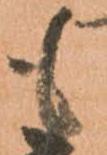
も